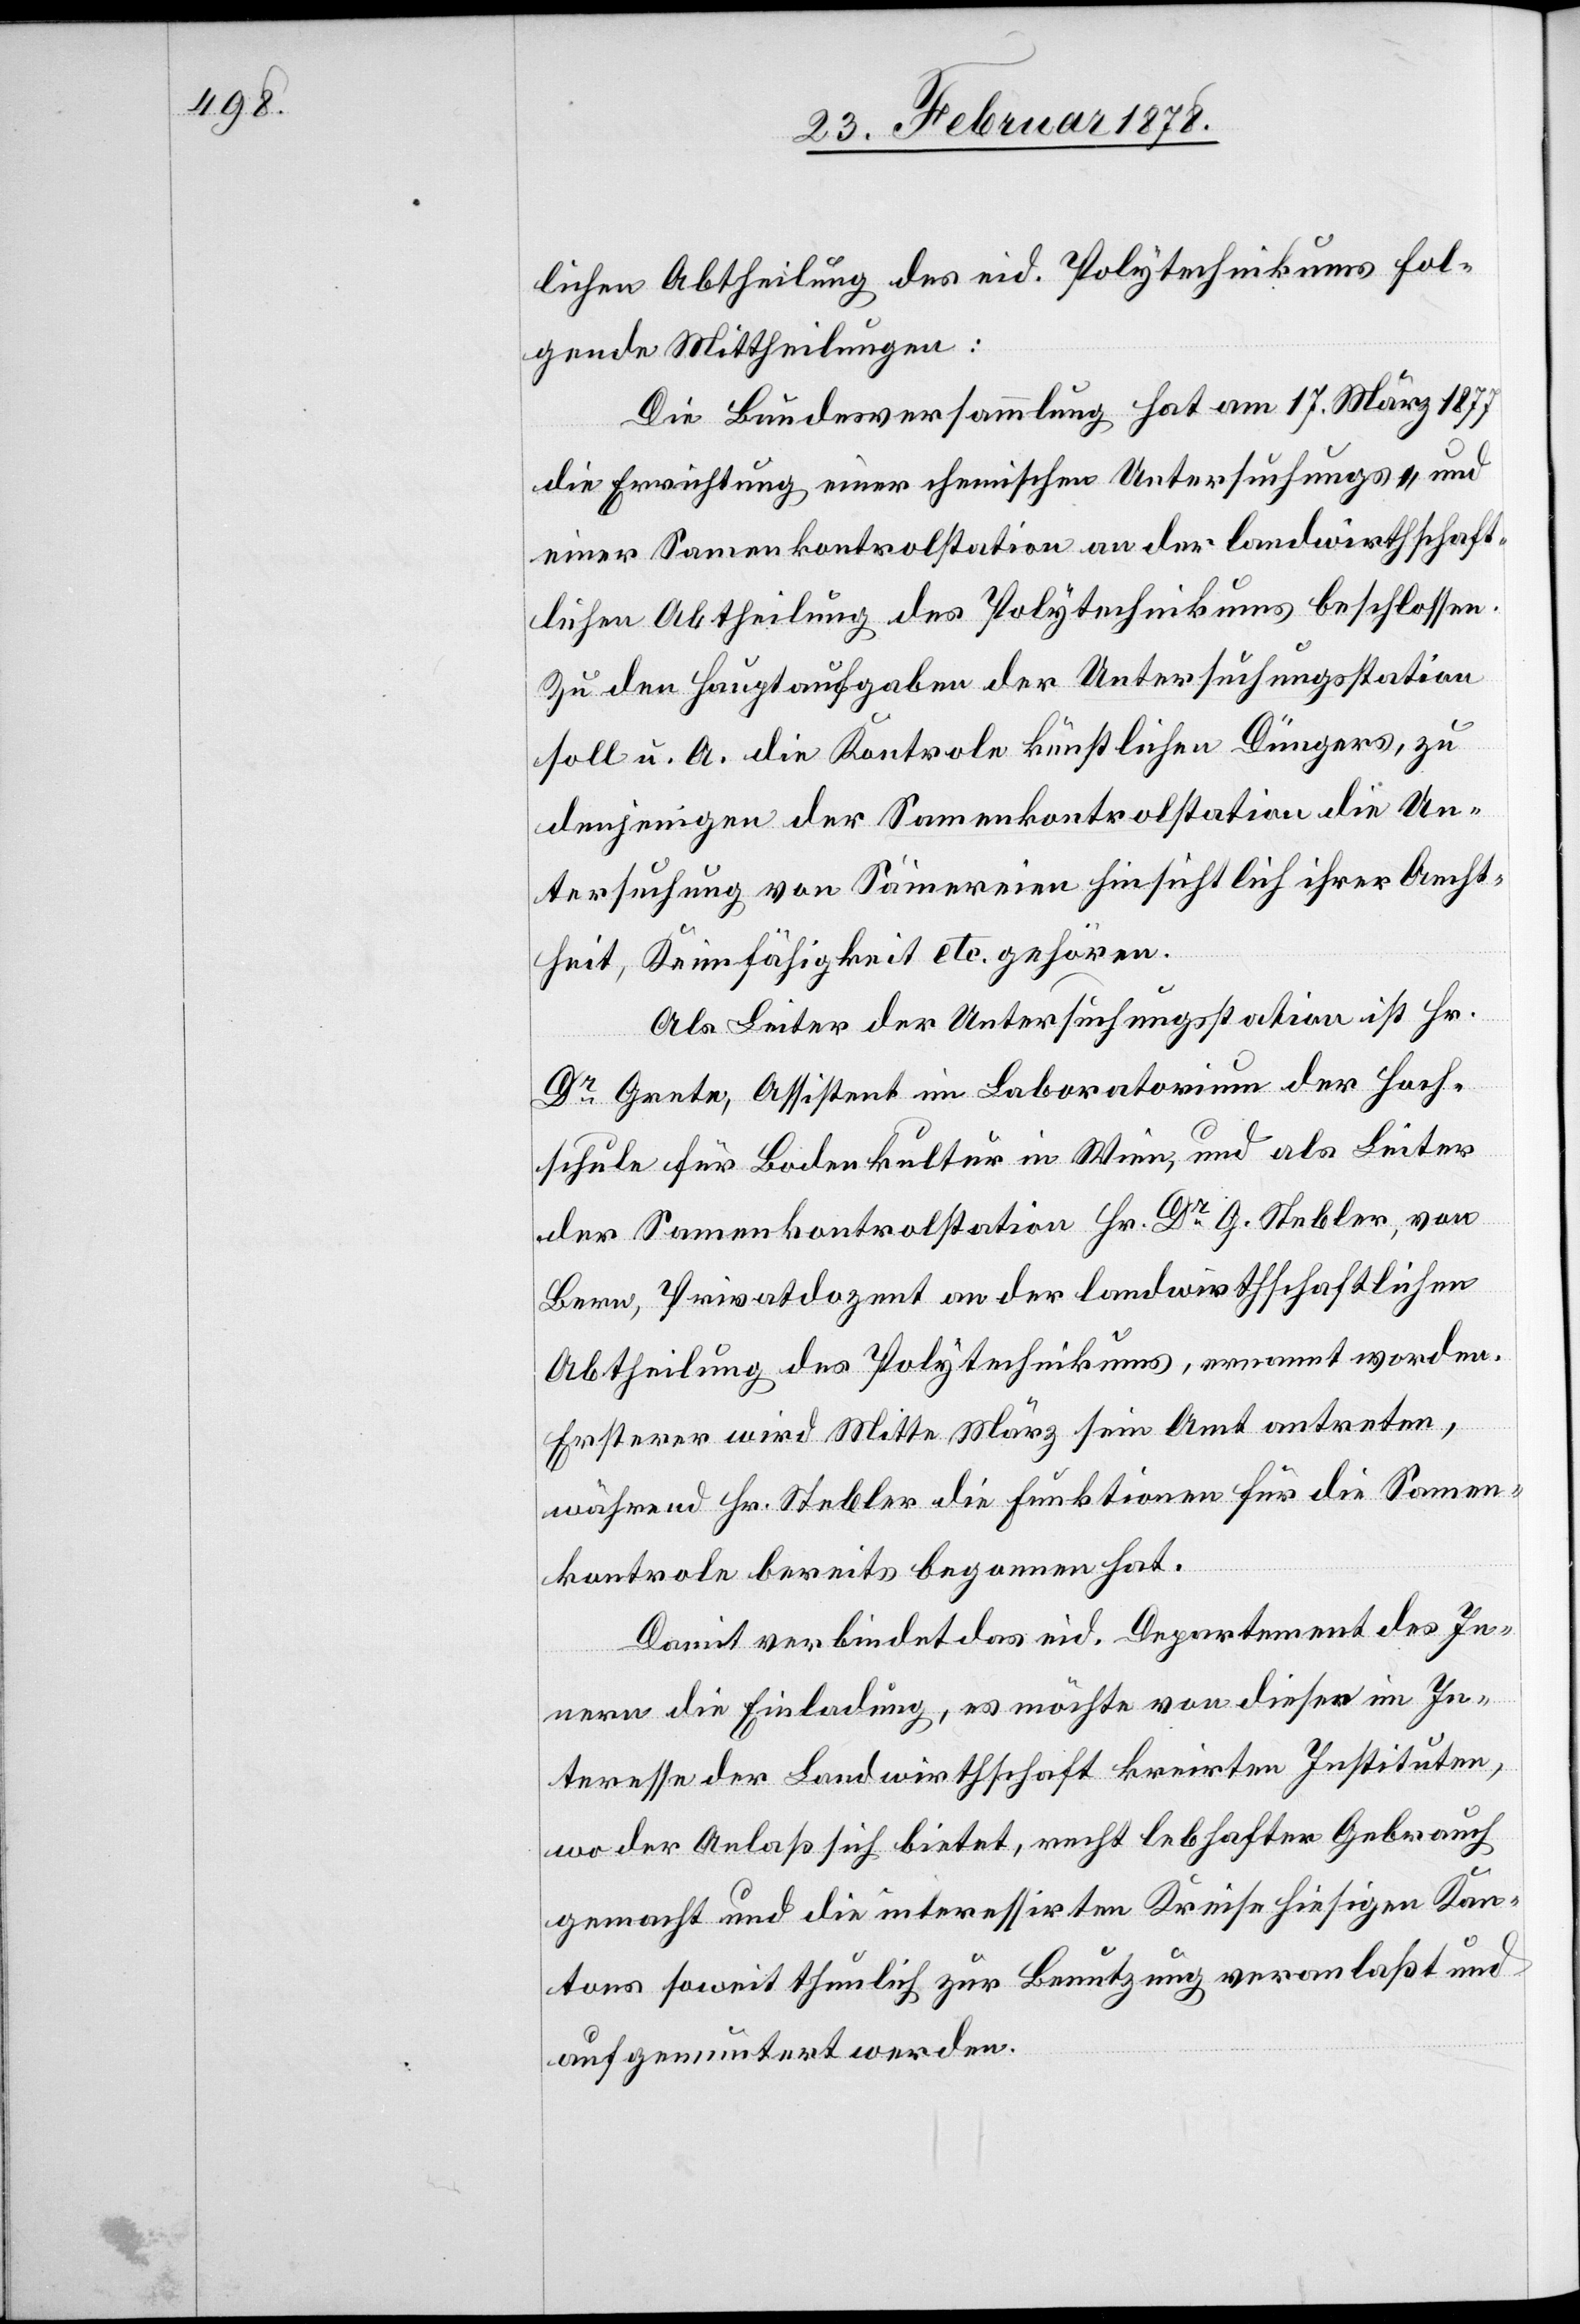
lichen Abtheilung des eid. Polytechnikums fol¬
gende Mittheilungen:
Die Bundesversammlung hat am 17. März 1877
die Errichtung einer chemischen Untersuchungs- und
einer Samenkontrolstation an der landwirthschaft¬
lichen Abtheilung des Polytechnikums beschlossen.
Zu den Hauptaufgaben der Untersuchungsstation
soll u. A. die Kontrole künstlichen Düngers, zu
denjenigen der Samenkontrolstation die Un¬
tersuchung von Sämereien hinsichtlich ihrer Aecht¬
heit, Keimfähigkeit etc. gehören.
Als Leiter der Untersuchungsstation ist Hr.
Dr Grete, Assistent im Laboratorium der Hoch¬
schule für Bodenkultur in Wien, und als Leiter
der Samenkontrolstation Hr. Dr G. Stebler, von
Bern, Privatdozent an der landwirthschaftlichen
Abtheilung des Polytechnikums, ernannt worden.
Ersterer wird Mitte März sein Amt antreten,
während Hr. Stebler die Funktionen für die Samen¬
kontrole bereits begonnen hat.
Damit verbindet das eid. Departement des In¬
nern die Einladung, es möchte von diesen im In¬
teresse der Landwirthschaft kreirten Instituten,
wo der Anlaß sich bietet, recht lebhafter Gebrauch
gemacht und die interessirten Kreise hiesigen Kan¬
tons soweit thunlich zur Benutzung veranlaßt und
aufgemuntert werden.